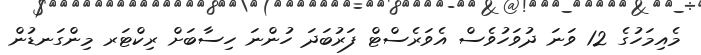
މެއިމަހުގެ 12 ވަނަ ދުވަހުވެސް އެވަރެސްޓް ފަރުބަދަ ހުންނަ ހިސާބަށް ރިކްޓަރ މިންގަނޑުން